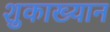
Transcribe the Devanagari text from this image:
शुकाख्यान